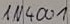
Text: IN4001